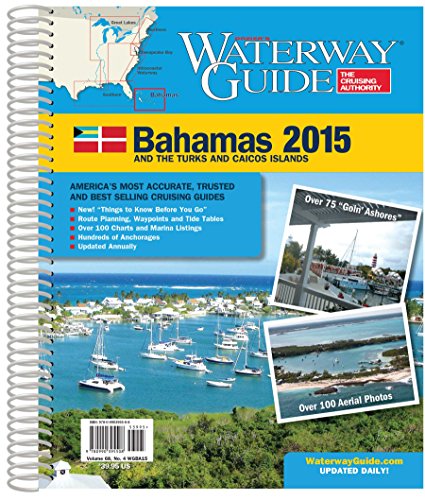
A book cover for Waterway Guide Bahamas 2015 (Dozier's Waterway Guide. Bahamas); Waterway Guide Media; Travel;